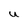
Character: U